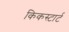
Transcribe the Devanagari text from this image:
किकस्टार्ट